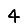
Digit: 4